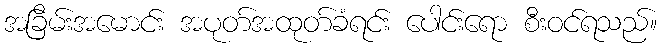
အခြိမ်းအမောင်း အပုတ်အထုတ်ခံရင်း ပေါင်းရော စီးဝင်ရသည်။